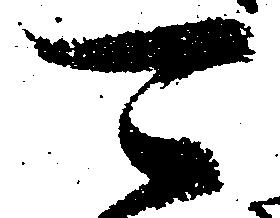
可